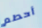
أحطم